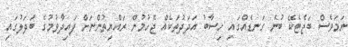
ނަމަވެސް ބަޖެޓެކޭ ބުނެ ގަނޑެއްގައި ހިސާބު އަދަދުތަކެއް ޖެހުމުން ރައްޔިތުންނަށް ފައިދާވުމުގެ ބަދަލުގައި